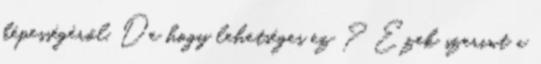
képességéről. De hogy lehetséges ez ? Ezek szerint a